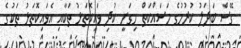
ގޭސް ބަދަލު ކުރުމުގެ މަސައްކަތް ހިގަނީ ކުދި ވައިކޮތަޅު ތަކާއި އެވައިކޮތަޅު ތަކުގެ